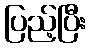
ပြည့်ပြီး